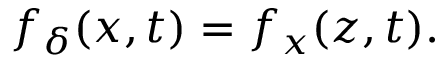
f _ { \delta } ( x , t ) = f _ { x } ( z , t ) .